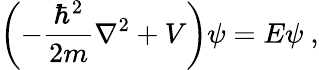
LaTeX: \left(-{\frac{\hbar^{2}}{2m}}\nabla^{2}+V\right)\psi=E\psi~,